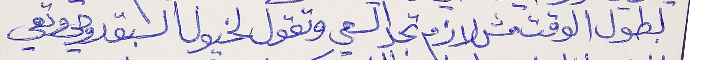
بطول الوقت مش لازم تجد السعي  وتقول لخيول السبق روحي وتعي